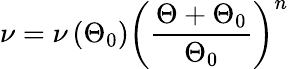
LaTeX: \nu=\nu\left(\Theta_{0}\right)\left(\frac{\Theta+\Theta_{0}}{\Theta_{0}}\right)^{n}